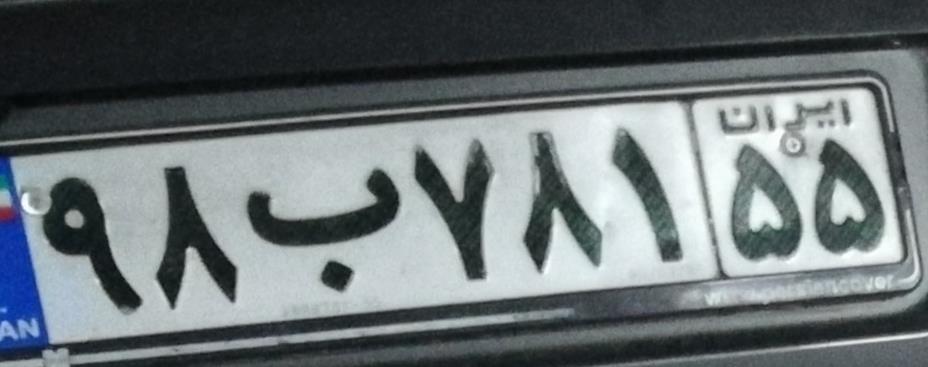
۹۸ب۷۸۱۵۵